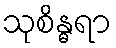
သုစိန္ဓရာ